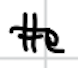
Text: He
Cross-out: single-line
Writing tool: digital_black